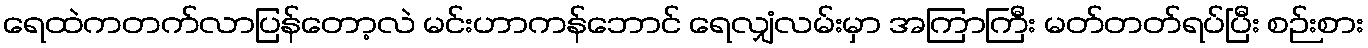
ရေထဲကတက်လာပြန်တော့လဲ မင်းဟာကန်ဘောင် ရေလျှံလမ်းမှာ အကြာကြီး မတ်တတ်ရပ်ပြီး စဉ်းစား